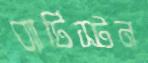
ব্যাটিস্টন